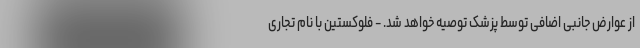
از عوارض جانبی اضافی توسط پزشک توصیه خواهد شد. - فلوکستین با نام تجاری